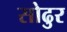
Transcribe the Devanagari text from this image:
सोढुर